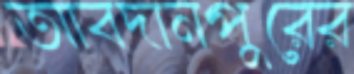
আবদানপুরের